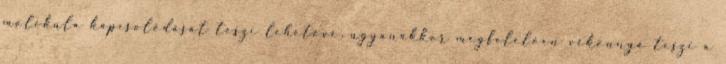
molekula kapcsolódását teszi lehetővé, ugyanakkor megfelelően vékonnyá teszi a